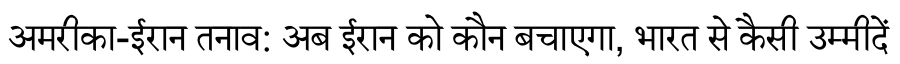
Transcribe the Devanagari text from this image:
अमरीका-ईरान तनाव: अब ईरान को कौन बचाएगा, भारत से कैसी उम्मीदें